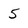
Character: 5